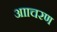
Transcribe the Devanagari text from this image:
आाचरण